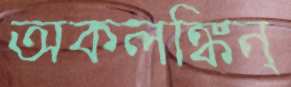
অকলঙ্কিন্